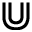
\Cup